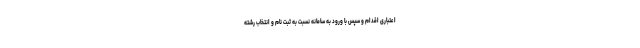
اعتباری اقدام و سپس با ورود به سامانه نسبت به ثبت نام و انتخاب رشته